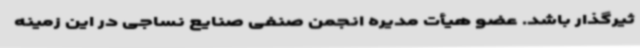
ثیرگذار باشد. عضو هیأت مدیره انجمن صنفی صنایع نساجی در این زمینه